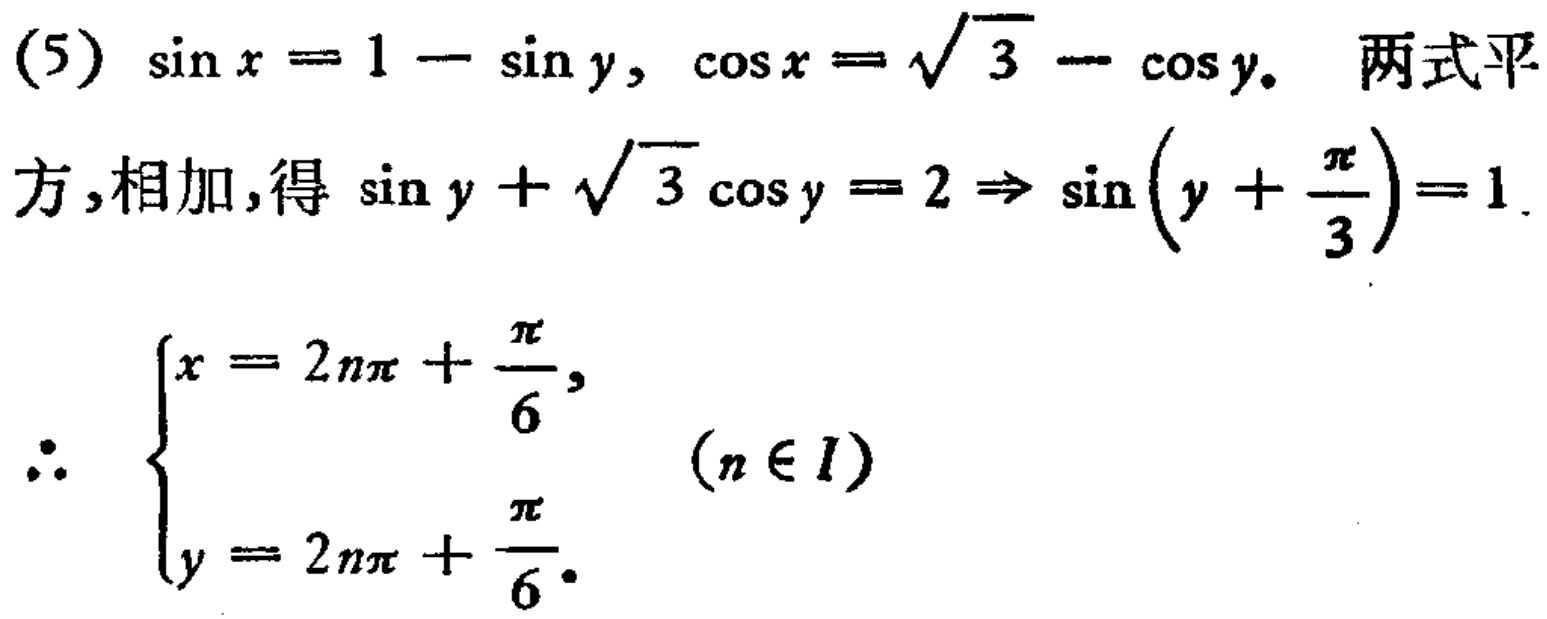
(5) \(\sin x = 1 - \sin y\), \(\cos x = \sqrt{3} - \cos y\). 两式平
方,相加,得 \(\sin y + \sqrt{3} \cos y = 2 \Rightarrow \sin\left(y + \frac{\pi}{3}\right)=1\).
\(\therefore\) \(\begin{cases}
x = 2n\pi + \frac{\pi}{6}, \\
y = 2n\pi + \frac{\pi}{6}.
\end{cases}\) \((n \in I)\)